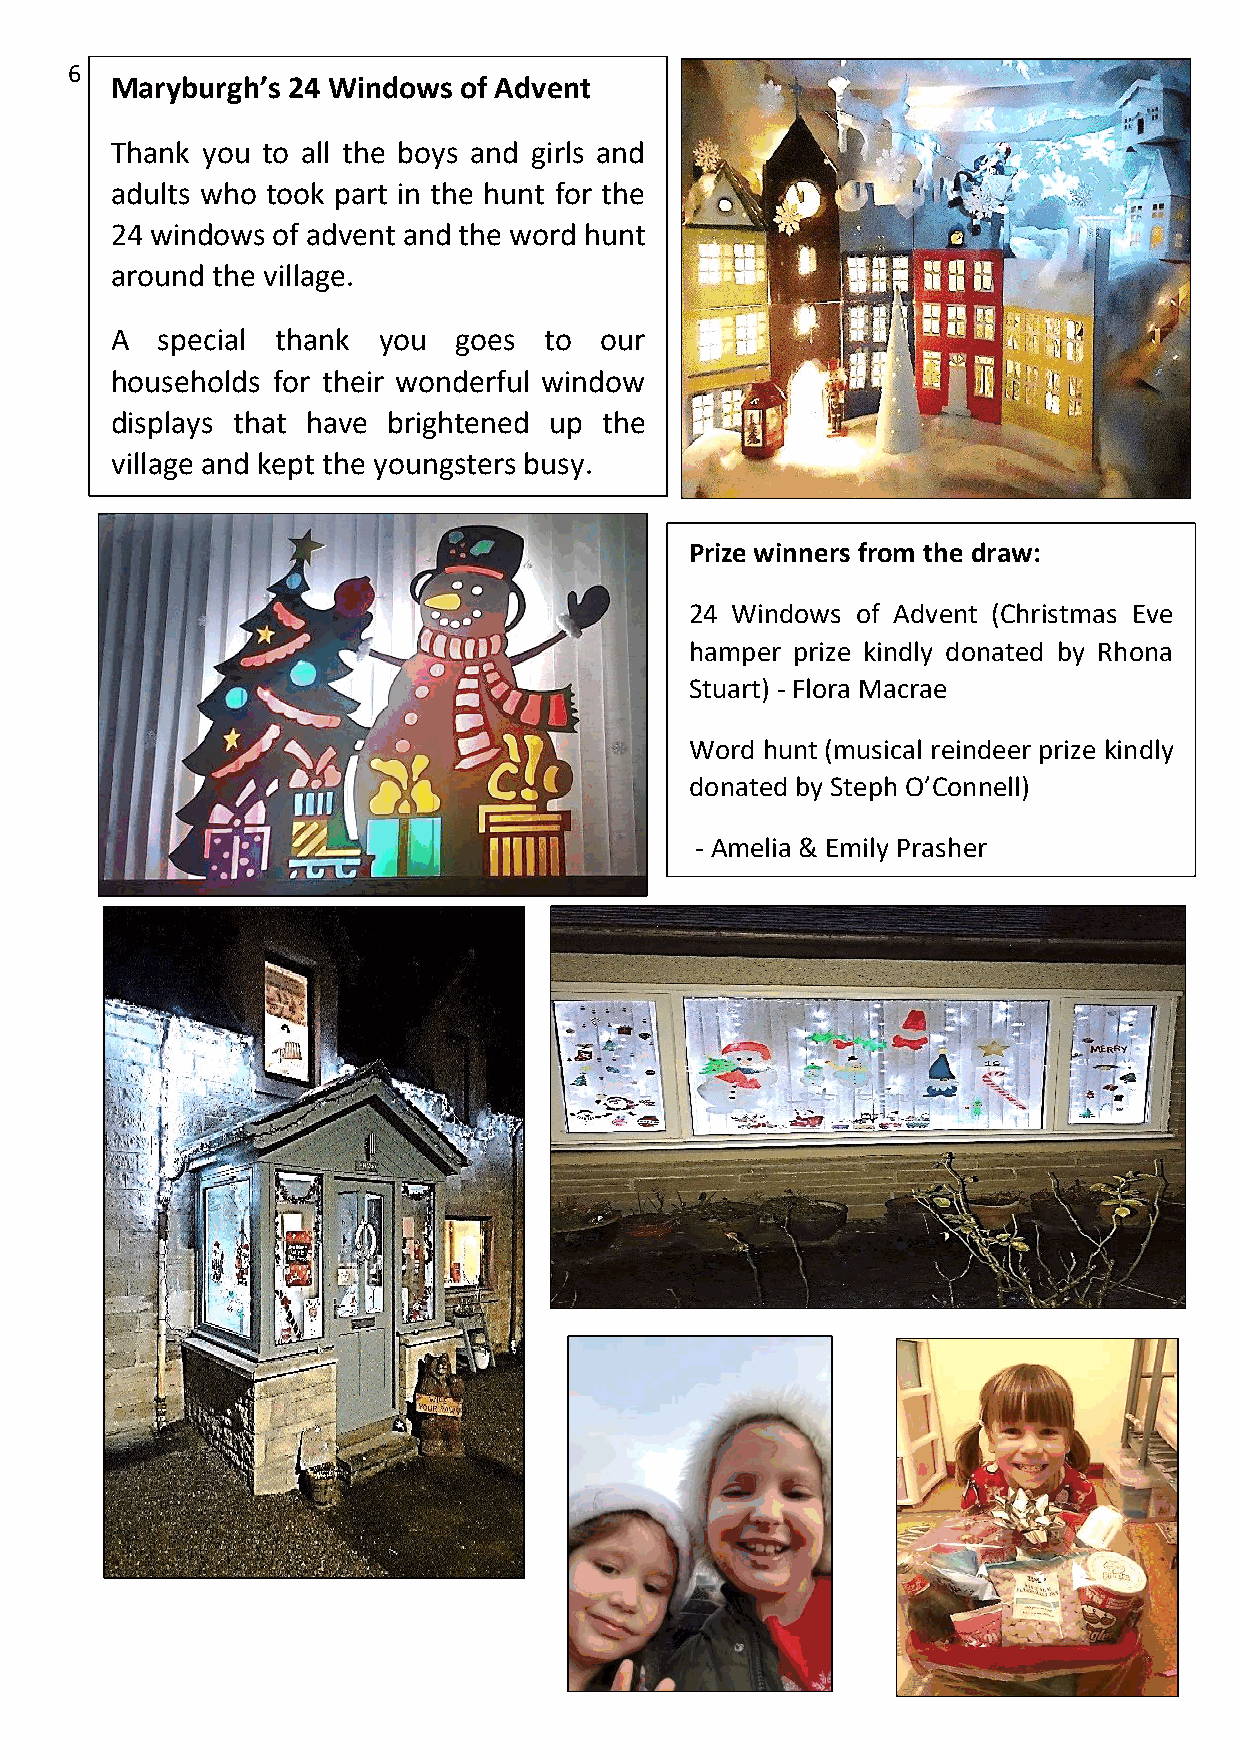
6  Maryburgh’s 24 Windows of Advent                                                         Christmas at The Cottage During “lockdown”, we had to do lunch 7
 club in two sittings but it just wasn't the same. Following the
 Thank you to all the boys and girls and
 guidelines of only two households, we managed to get everyone
 adults who took part in the hunt for the
 together. There was a lovely Christmas atmosphere, maybe the glass
 24 windows of advent and the word hunt
 of fizz helped! The menu consisted of broth, roast turkey and
 arou nd the village.
 Christmas pud to finish. We also had 5 raffles, two hampers and 3
 gifts. Santa gave each guest a Christmas cactus.
 A  special thank  you  goes  to  our
 households for their wonderful window
 displays that have brightened up the
 village and kept the youngsters busy.
 Prize winners from the draw:
 24 Windows of Advent (Christmas Eve
 hamper prize kindly donated by Rhona
 Stuart) - Flora Macrae
 Word hunt (musical reindeer prize kindly
 donated by Steph O’Connell)
 - Amelia & Emily Prasher
 We   treated our Tom   to a
 Christmas jumper. Very flashy !
 Thank  you Traci, for always
 rising to the occasion!